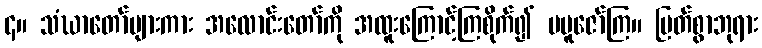
၄။ သံဃာတော်များကား အလောင်းတော်ကို အထူးကြောင့်ကြစိုက်၍ မပူဇော်ကြ။ မြတ်စွာဘုရား